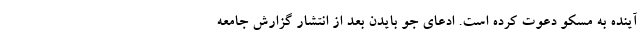
آینده به مسکو دعوت کرده است. ادعای جو بایدن بعد از انتشار گزارش جامعه